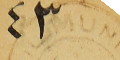
٤٣